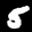
Label: 5